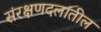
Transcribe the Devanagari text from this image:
संरक्षणदलांतील